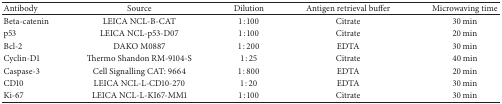
<table><thead><tr><td><b>Antibody</b></td><td><b>Source</b></td><td><b>Dilution</b></td><td><b>Antigen retrieval buffer</b></td><td><b>Microwaving time</b></td></tr></thead><tbody><tr><td>Beta-catenin</td><td>LEICA NCL-B-CAT</td><td>1 : 100</td><td>Citrate</td><td>30 min</td></tr><tr><td>p53</td><td>LEICA NCL-p53-D07</td><td>1 : 100</td><td>Citrate</td><td>20 min</td></tr><tr><td>Bcl-2</td><td>DAKO M0887</td><td>1 : 200</td><td>EDTA</td><td>30 min</td></tr><tr><td>Cyclin-D1</td><td>Thermo Shandon RM-9104-S</td><td>1 : 25</td><td>Citrate</td><td>40 min</td></tr><tr><td>Caspase-3</td><td>Cell Signalling CAT: 9664</td><td>1 : 800</td><td>EDTA</td><td>20 min</td></tr><tr><td>CD10</td><td>LEICA NCL-L-CD10-270</td><td>1 : 20</td><td>EDTA</td><td>30 min</td></tr><tr><td>Ki-67</td><td>LEICA NCL-L-KI67-MM1</td><td>1 : 100</td><td>Citrate</td><td>30 min</td></tr></tbody></table>